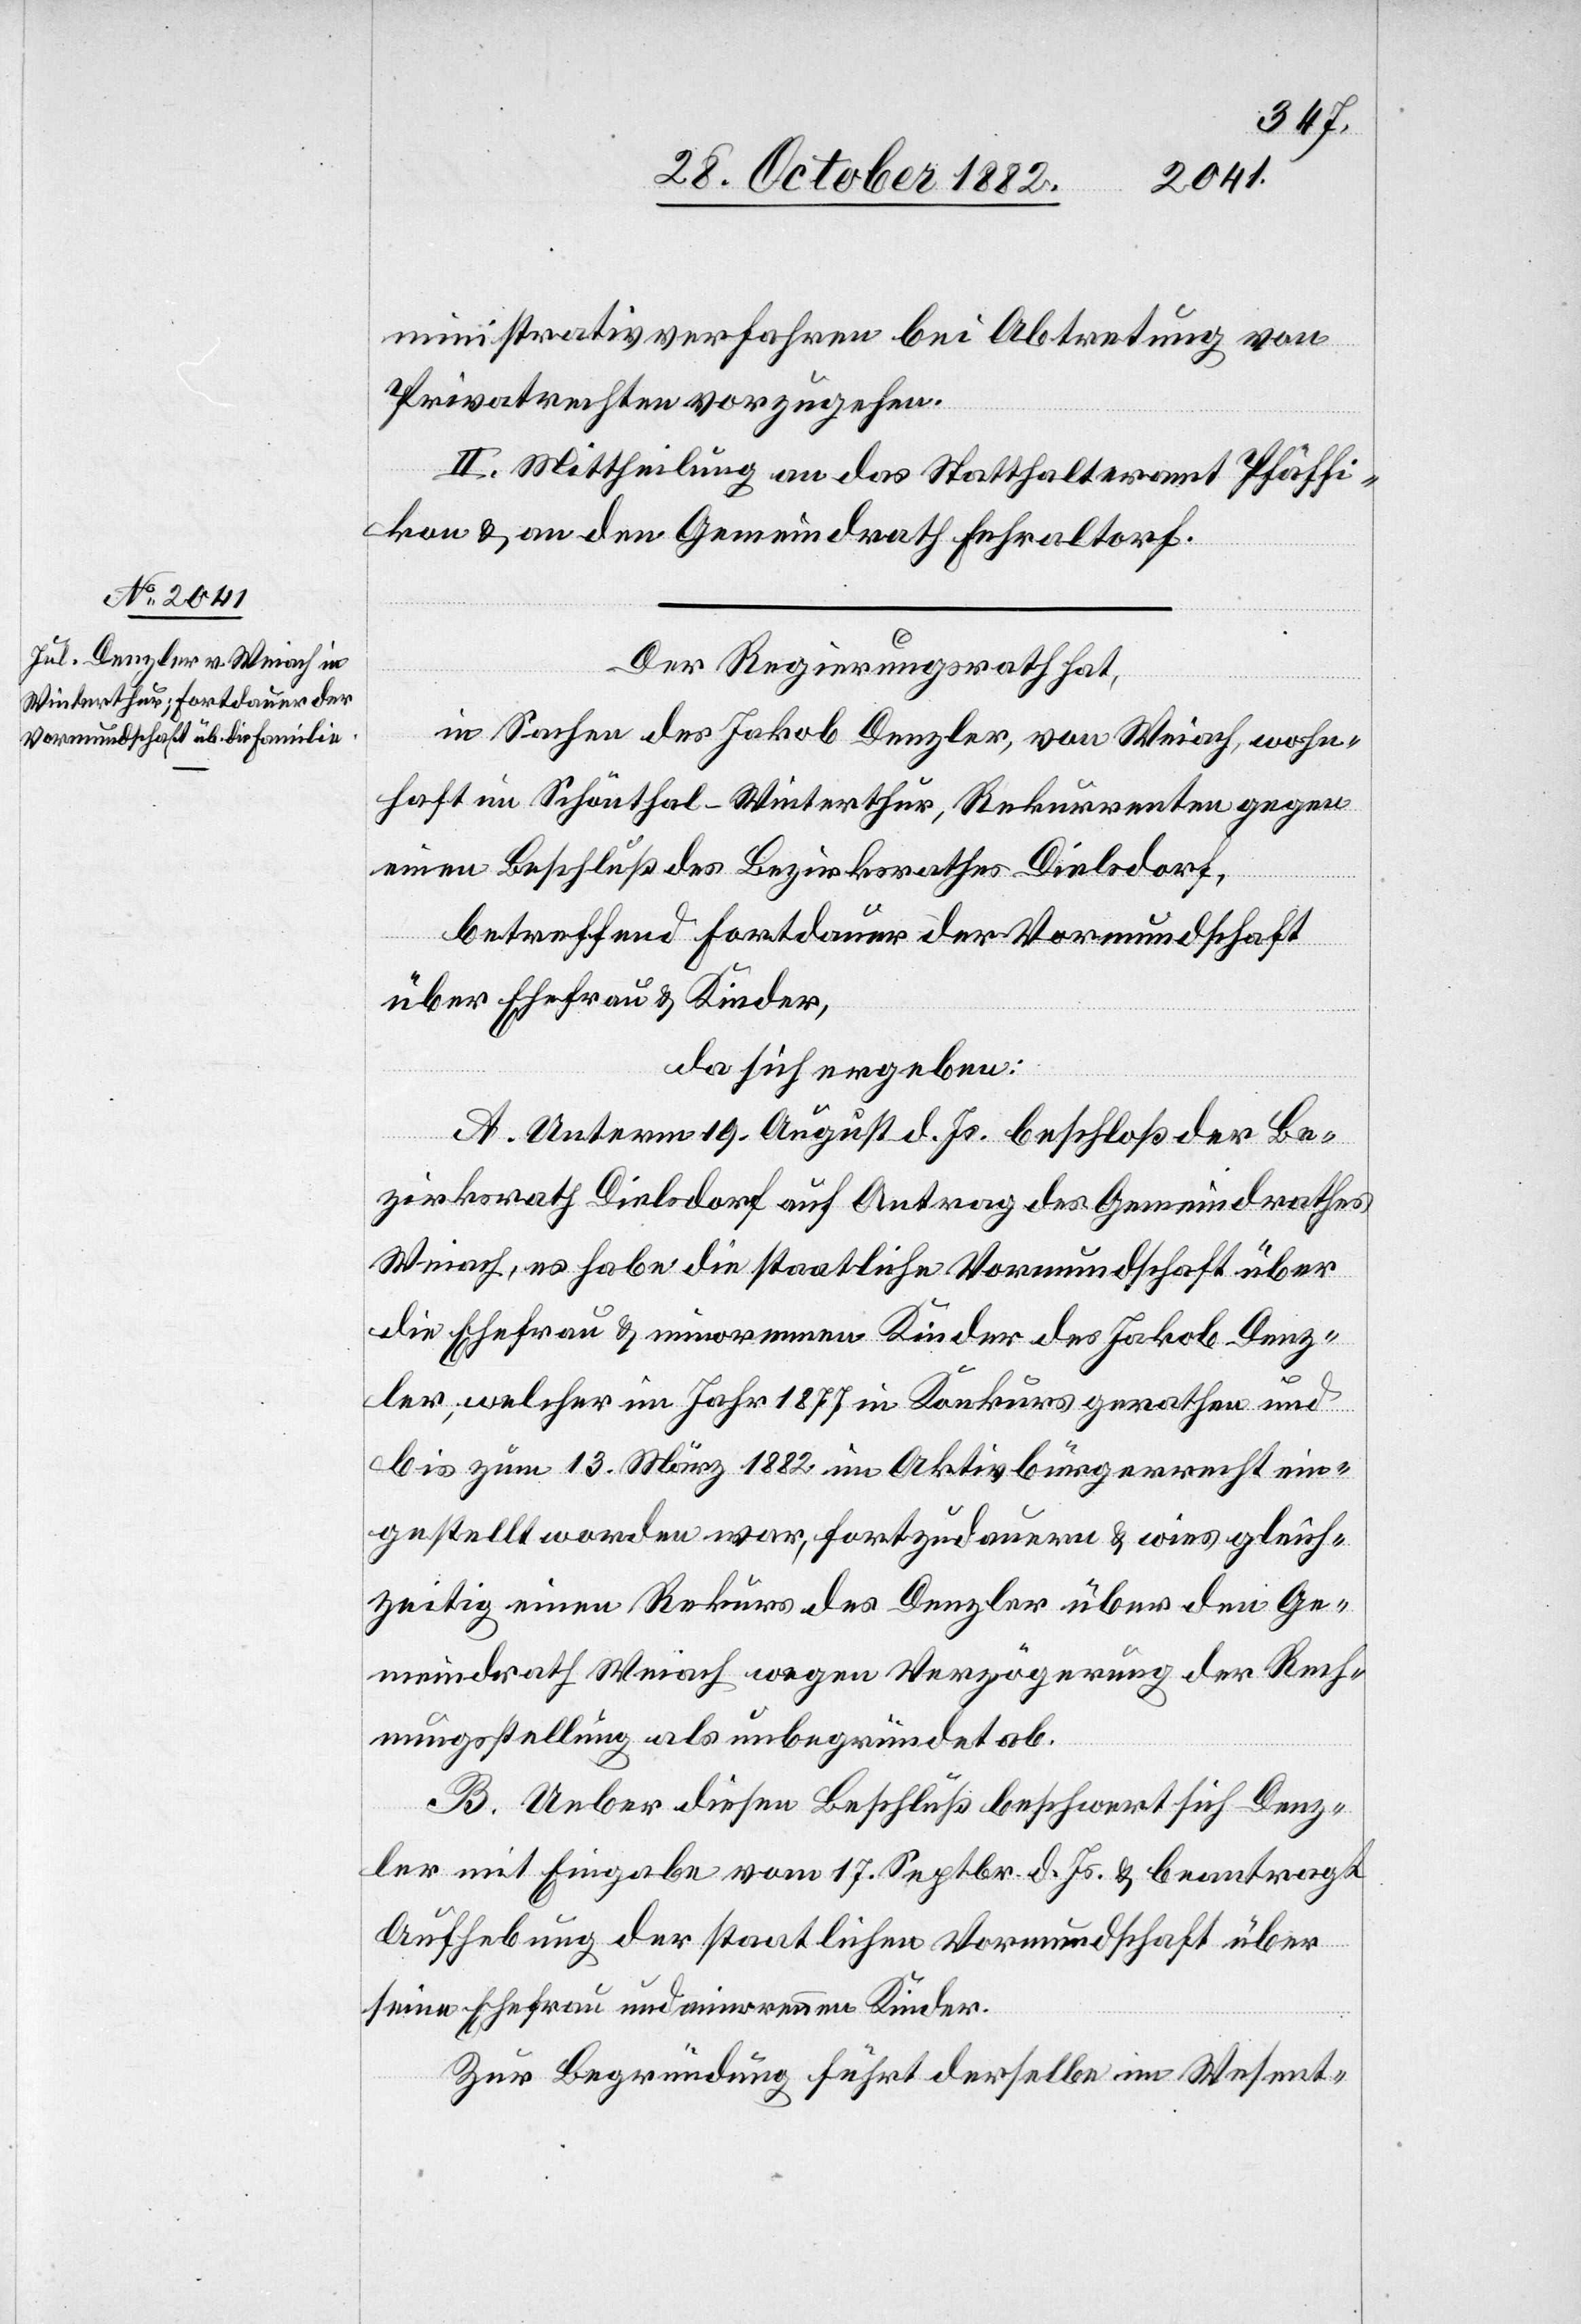
ministrativverfahren bei Abtretung von
Privatrechten vorzugehen.
II. Mittheilung an das Statthalteramt Pfäffi¬
kon & an den Gemeindrath Fehraltorf.
Der Regierungsrath hat,
in Sachen des Jakob Denzler, von Weiach, wohn¬
haft im Schönthal - Winterthur, Rekurrenten gegen
einen Beschluß des Bezirksrathes Dielsdorf,
betreffend Fortdauer der Vormundschaft
über Ehefrau & Kinder,
da sich ergeben:
A: Unterm 19. August d. Js. beschloß der Be¬
zirksrath Dielsdorf auf Antrag des Gemeindrathes
Weiach, es habe die staatliche Vormundschaft über
die Ehefrau & minorennen Kinder des Jakob Denz¬
ler, welcher im Jahr 1877 in Konkurs gerathen und
bis zum 13. März 1882 im Aktivbürgerrecht ein¬
gestellt worden war, fortzudauern & wies gleich¬
zeitig einen Rekurs des Denzler über den Ge¬
meindrath Weiach wegen Verzögerung der Rech¬
nungsstellung als unbegründet ab.
B. Ueber diesen Beschluß beschwert sich Denz¬
ler mit Eingabe vom 17. Septbr. d. Js. & beantragt
Aufhebung der staatlichen Vormundschaft über
seine Ehefrau und minorennen Kinder.
Zur Begründung führt derselbe im Wesent-